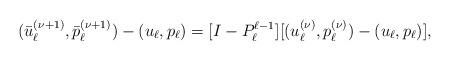
LaTeX: \begin{align*} (\bar{u}_\ell^{(\nu+1)},\bar{p}_\ell^{(\nu+1)}) - (u_\ell,p_\ell) = [I - P_{\ell}^{\ell-1}] [(u_\ell^{(\nu)}, p_\ell^{(\nu)}) - (u_\ell,p_\ell)],\end{align*}